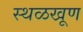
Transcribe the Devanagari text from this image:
स्थळखूण